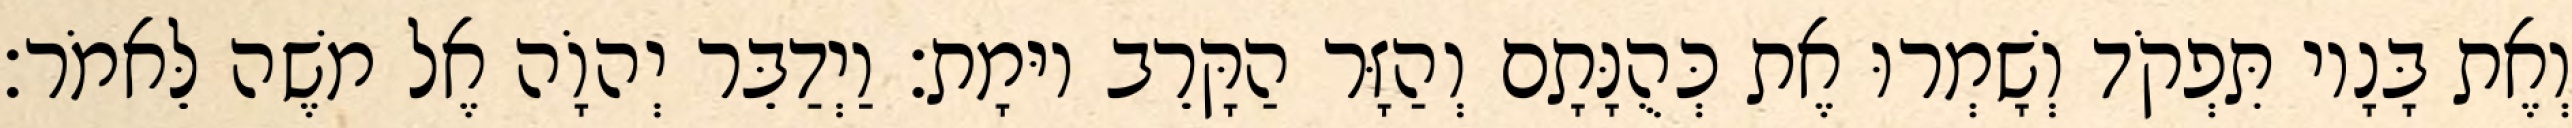
וְאֶת בָּנָיו תִּפְקֹד וְשָׁמְרוּ אֶת כְּהֻנָּתָם וְהַזָּר הַקָּרֵב יוּמָת׃ וַיְדַבֵּר יְהוָֹה אֶל משֶׁה לֵּאמֹר׃